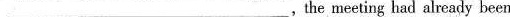
___,the meeting had already been